Report on the lunatic asylums in Bengal - 1862-
Year: 1862
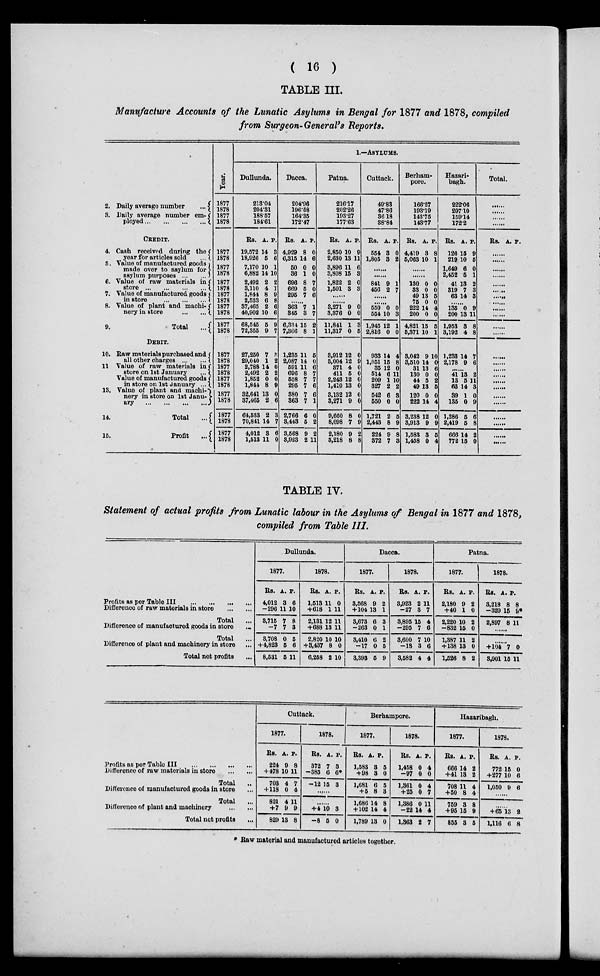
( 16 )
TABLE III.
Manufacture Accounts of the Lunatic Asylums in Bengal for 1877 and 1878, compiled
from Surgeon-General's Reports.
2. Daily average number
...
3. Daily average number em-
ployed
...
...
...
...
CREDIT.
4. Cash received during the
year for articles sold
...
5. Value of manufactured goods
made over to asylum for
asylum purposes
...
...
6. Value of raw materials in
store
...
...
...
...
7. Value of manufactured goods
in store ... ... ...
8. Value of plant and machi-
nery in store
...
...
9.
Total
...
DEBIT.
10. Raw materials purchased and
all other charges
...
...
11 Value of raw materials in
store on 1st January
...
Value of manufactured goods
in store on 1st January ...
13. Value of plant and machi-
nery in store on 1st Janu-
ary
...
...
...
...
14.
Total
...
15.
Profit
...
Year.
1877
1878
1877
1878
1877
1878
1877
1878
1877
1878
1877
1878
1877
1878
1877
1878
1877
1878
1877
1878
1877
1878
1877
1878
1877
1878
1877
1878
1.—ASYLUMS.
Dullunda.
213.04
204.31
188.57
184.61
Rs.
19,572
18,926
7,170
6,882
2,492
3,110
1,844
2,533
37,465
40,902
68,545
72,355
A.
14
5
10
14
2
4
8
6
2
10
5
9
P.
3
6
1
10
2
1
9
8
6
6
9
7
27,250
29,040
2,788
2,492
1,852
1,844
32,641
37,465
64,533
70,841
4,012
1,513
7
1
14
2
0
8
13
2
2
14
3
11
3
2
0
2
0
9
0
6
3
7
6
0
Dacca.
204.96
196.58
164.35
172.47
Rs.
4,929
6,315
50
36
696
669
295
A.
8
14
0
1
8
5
7
P.
0
6
0
0
7
0
6
......
363
345
6,334
7,366
7
3
15
8
1
7
2
1
1,235
2,087
591
696
558
295
380
363
2,766
3,443
3,568
3,923
11
14
11
8
7
7
7
7
6
5
9
2
5
0
6
7
7
6
6
1
0
2
2
11
Patna.
216.17
202.26
193.27
177.63
Rs.
2,850
2,630
3,896
3,808
1,822
1,501
A.
10
13
11
15
2
3
P.
9
11
6
3
0
3
......
......
3,271
3,376
11,841
11,317
9
0
1
0
0
0
3
5
3,912
3,004
371
411
2,243
1,410
3,132
3,271
9,660
8,098
2,180
3,218
12
12
4
5
12
13
12
9
8
7
9
8
0
9
0
0
0
0
0
0
0
9
2
8
Cuttack.
49.83
47.86
36.18
38.84
Rs.
554
1,805
A.
3
3
P.
0
2
......
......
841
456
9
2
1
7
......
......
550
554
1,945
2,816
0
10
12
0
0
3
1
0
933
1,051
35
514
209
327
542
550
1,721
2,443
224
372
14
15
12
6
1
2
6
0
2
8
9
7
4
8
0
11
10
2
3
0
5
9
8
3
Berham-
pore.
166.27
193.19
143.75
143.77
Rs.
4,419
5,063
A.
3
10
P.
8
1
......
......
130
33
49
75
222
200
4,821
5,371
0
0
13
0
14
0
15
10
0
0
5
0
4
0
5
1
3,043
3,510
31
130
44
49
120
222
3,238
3,913
1,583
1,458
9
14
13
0
5
13
0
14
12
9
3
0
10
0
6 0
2
5
0
4
0
9
5
4
Hazari-
bagh.
222.06
207.10
159.14
172.2
Rs.
126
219
1,649
2,452
41
319
63
A.
15
10
6
5
13
7
14
P.
9
5
0
1
2
3
3
......
135
200
1,953
3,192
0
13
3
4
9
11
8
8
1,233
2,178
14
9
7
6
......
41
13
63
39
135
1,286
2,419
666
772
13
5
14
1
0
5
5
14
15
2
11
3
0
9
6
8
2
0
Total.
......
......
......
......
Rs. A. P.
......
......
......
......
......
......
......
......
......
......
......
......
......
......
......
......
......
......
......
......
......
......
......
......
TABLE IV.
Statement of actual profits from Lunatic labour in the Asylums of Bengal in 1877 and 1878,
compiled from Table III.
Profits as per Table III
...
...
...
...
Difference of raw materials in store
...
...
Total
...
Difference of manufactured goods in store ...
Total ...
Difference of plant and machinery in store ...
Total net profits ...
Dullunda.
1877.
Rs.
4,012
—296
3,715
—7
3,708
+4,823
8,531
A.
3
11
7
7
0
5
5
P.
6
10
8
3
5
6
11
1878.
Rs.
1,513
+618
2,131
+688
2,820
+3,437
6,258
A.
11
1
12
13
10
8
2
P.
0
11
11
11
10
0
10
Dacca.
1877.
Rs.
3,568
+104
3,673
—263
3,410
—17
3,393
A.
9
13
6
0
6
0
5
P.
2
1
3
1
2
5
9
1878.
Rs.
3,923
—27
3,895
—295
3,600
—18
3,582
A.
2
3
15
7
7
3
4
P.
11
7
4
6
10
6
4
Patna.
1877.
Rs.
2,180
+40
2,220
—832
1,387
+138
1,526
A.
9
1
10
15
11
13
8
P.
2
0
2
0
2
0
2
1878.
Rs.
3,218
—320
2,897
A.
8
15
8
P.
8
9*
11
......
......
+104
3,001
7
15
0
11
Profits as per Table III
...
...
...
...
Difference of raw materials in store
...
...
Total
..
Difference of manufactured goods in store ...
Total ...
Difference of plant and machinery
...
...
Total net profits ...
Cuttack.
1877.
Rs.
224
+478
703
+118
821
+7
829
A.
9
10
4
0
4
9
13
P.
8
11
7
4
11
9
8
1878.
Rs.
372
—385
—12
A.
7
6
15
P.
3
6*
3
......
......
+4
—8
10
5
3
0
Berhampore.
1877.
Rs.
1,583
+98
1,681
+5
1,686
+102
1,789
A.
3
3
6
8
14
14
13
P.
5
0
5
3
8
4
0
1878.
Rs.
1,458
—97
1,361
+25
1,386
—22
1,363
A.
0
0
0
0
0
14
2
P.
4
0
4
7
11
4
7
Hazaribagh.
1877.
Rs.
666
+41
708
+50
759
+95
855
A.
14
13
11
8
3
15
3
P.
2
2
4
4
8
9
5
1878.
Rs.
772
+277
1,050
A.
15
10
9
P.
0
6
6
......
......
+65
1,116
13
6
2
8
* Raw material and manufactured articles together.